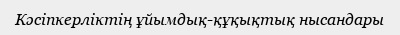
Кәсіпкерліктің ұйымдық-құқықтық нысандары